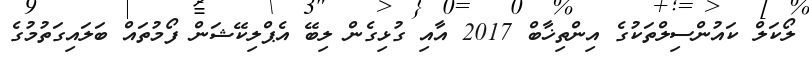
ލޯކަލް ކައުންސިލްތަކުގެ އިންތިޚާބް 2017 އާއި ގުޅިގެން ލިބޭ އެޕްލިކޭޝަން ފޯމުތައް ބަލައިގަތުމުގެ